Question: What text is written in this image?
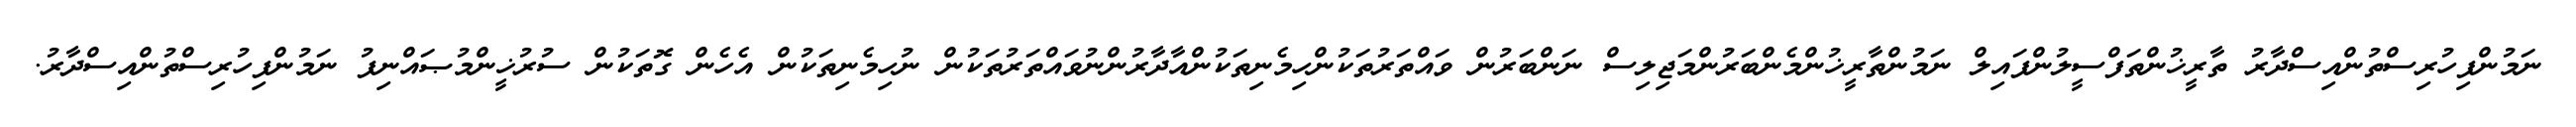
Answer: ނަމުންފިހުރިސްތުންއިސްދާރު ތާރީޚުންތަފްސީލުންފައިލް ނަމުންތާރީޚުންމެންބަރުންމަޖިލިސް ނަންބަރުން ވައްތަރުތަކުންހިމެނިތަކުންއާދާރުންނުވައްތަރުތަކުން ނުހިމެނިތަކުން އެހެން ގޮތަކުން ސުރުޚީންމުޞައްނިފު ނަމުންފިހުރިސްތުންއިސްދާރު.